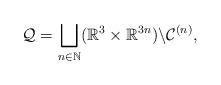
LaTeX: \begin{align*}\mathcal{Q} = \bigsqcup_{n\in \mathbb{N}} (\mathbb{R}^3 \times \mathbb{R}^{3n}) \backslash \mathcal{C}^{(n)},\end{align*}